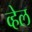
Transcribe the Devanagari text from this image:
व्‍हेल